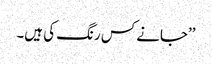
’’جانے کس رنگ کی ہیں۔